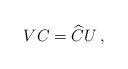
LaTeX: \begin{align*} VC=\widehat C U \, ,\end{align*}